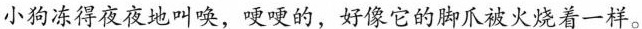
小狗冻得夜夜的叫唤，哽哽的，好像它的脚爪被火烧着一样。